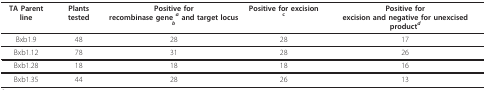
<table><thead><tr><td><b>TA Parent line</b></td><td><b>Plants tested</b></td><td><b>Positive forrecombinase gene <i><sup>a </sup></i>and target locus <i><sup>b</sup></i></b></td><td><b>Positive for excision <sup>c</sup></b></td><td><b>Positive forexcision and negative for unexcised product<sup><i>d</i></sup></b></td></tr></thead><tbody><tr><td>Bxb1.9</td><td>48</td><td>28</td><td>28</td><td>17</td></tr><tr><td>Bxb1.12</td><td>78</td><td>31</td><td>28</td><td>26</td></tr><tr><td>Bxb1.28</td><td>18</td><td>18</td><td>18</td><td>16</td></tr><tr><td>Bxb1.35</td><td>44</td><td>28</td><td>26</td><td>13</td></tr></tbody></table>